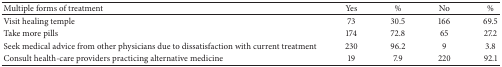
<table><thead><tr><td><b>Multiple forms of treatment </b></td><td><b>Yes</b></td><td><b>%</b></td><td><b>No</b></td><td><b>%</b></td></tr></thead><tbody><tr><td>Visit healing temple</td><td>73</td><td>30.5</td><td>166</td><td>69.5</td></tr><tr><td>Take more pills</td><td>174</td><td>72.8</td><td>65</td><td>27.2</td></tr><tr><td>Seek medical advice from other physicians due to dissatisfaction with current treatment</td><td>230</td><td>96.2</td><td>9</td><td>3.8</td></tr><tr><td>Consult health-care providers practicing alternative medicine</td><td>19 </td><td>7.9</td><td>220 </td><td>92.1</td></tr></tbody></table>